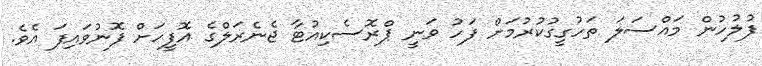
ފުލުހުން މައްސަލަ ތަހުގީގުކުރުމަށް ފަހު ވަނީ ޕްރޮސެކިއުޓާ ޖެނެރަލްގެ އޮފީހަށް ފޮނުވައިފަ އެވެ.